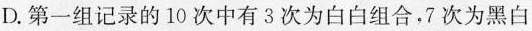
第一组记录的10次中有3次为白白组合，7次为黑白